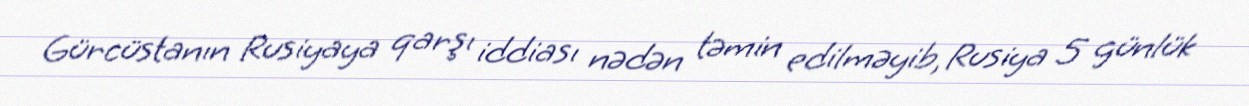
Gürcüstanın Rusiyaya qarşı iddiası nədən təmin edilməyib, Rusiya 5 günlük